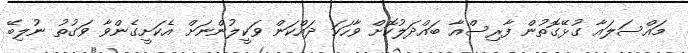
މައްސަލައާ ގުޅޭގޮތުން ފާރިސްއާ ބައްދަލުކޮށް ވާހަކަ ދައްކަން ވަކީލުންނަށް އެކަށީގެންވާ ވަގުތު ނުލިބޭ